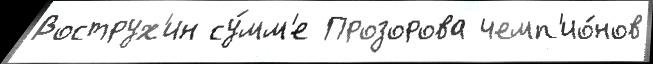
Вострух'ин су́мм'е Прозорова чемп'ио́нов